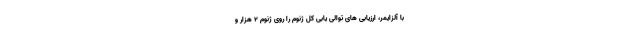
با آلزایمر، ارزیابی ‌های توالی‌ یابی کل ژنوم را روی ژنوم ۲ هزار و